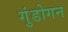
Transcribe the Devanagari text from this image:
गुंडोगन